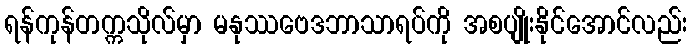
ရန်ကုန်တက္ကသိုလ်မှာ မနုဿဗေဒဘာသာရပ်ကို အစပျိုးနိုင်အောင်လည်း